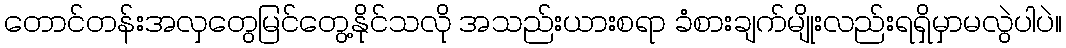
တောင်တန်းအလှတွေမြင်တွေ့နိုင်သလို အသည်းယားစရာ ခံစားချက်မျိုးလည်းရရှိမှာမလွဲပါပဲ။